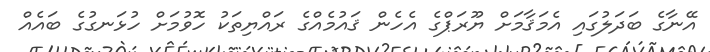
އޭނާގެ ބަދަލުގައި އެމަޤާމަށް ޔޫރަޕްގެ އެހެން ޤައުމެއްގެ ރައްޔިތަކު ހޮވުމަށް ހުޅަނގުގެ ބައެއް